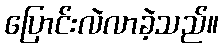
ပြောင်းလဲလာခဲ့သည်။